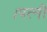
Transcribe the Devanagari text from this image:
।पत्नी